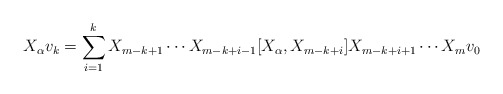
\begin{align*} X_{\alpha} v_k = \sum_{i=1}^{k} X_{m-k+1} \cdots X_{m-k+i-1} [ X_{\alpha} , X_{m-k+i} ] X_{m-k+i+1} \cdots X_m v_0\end{align*}